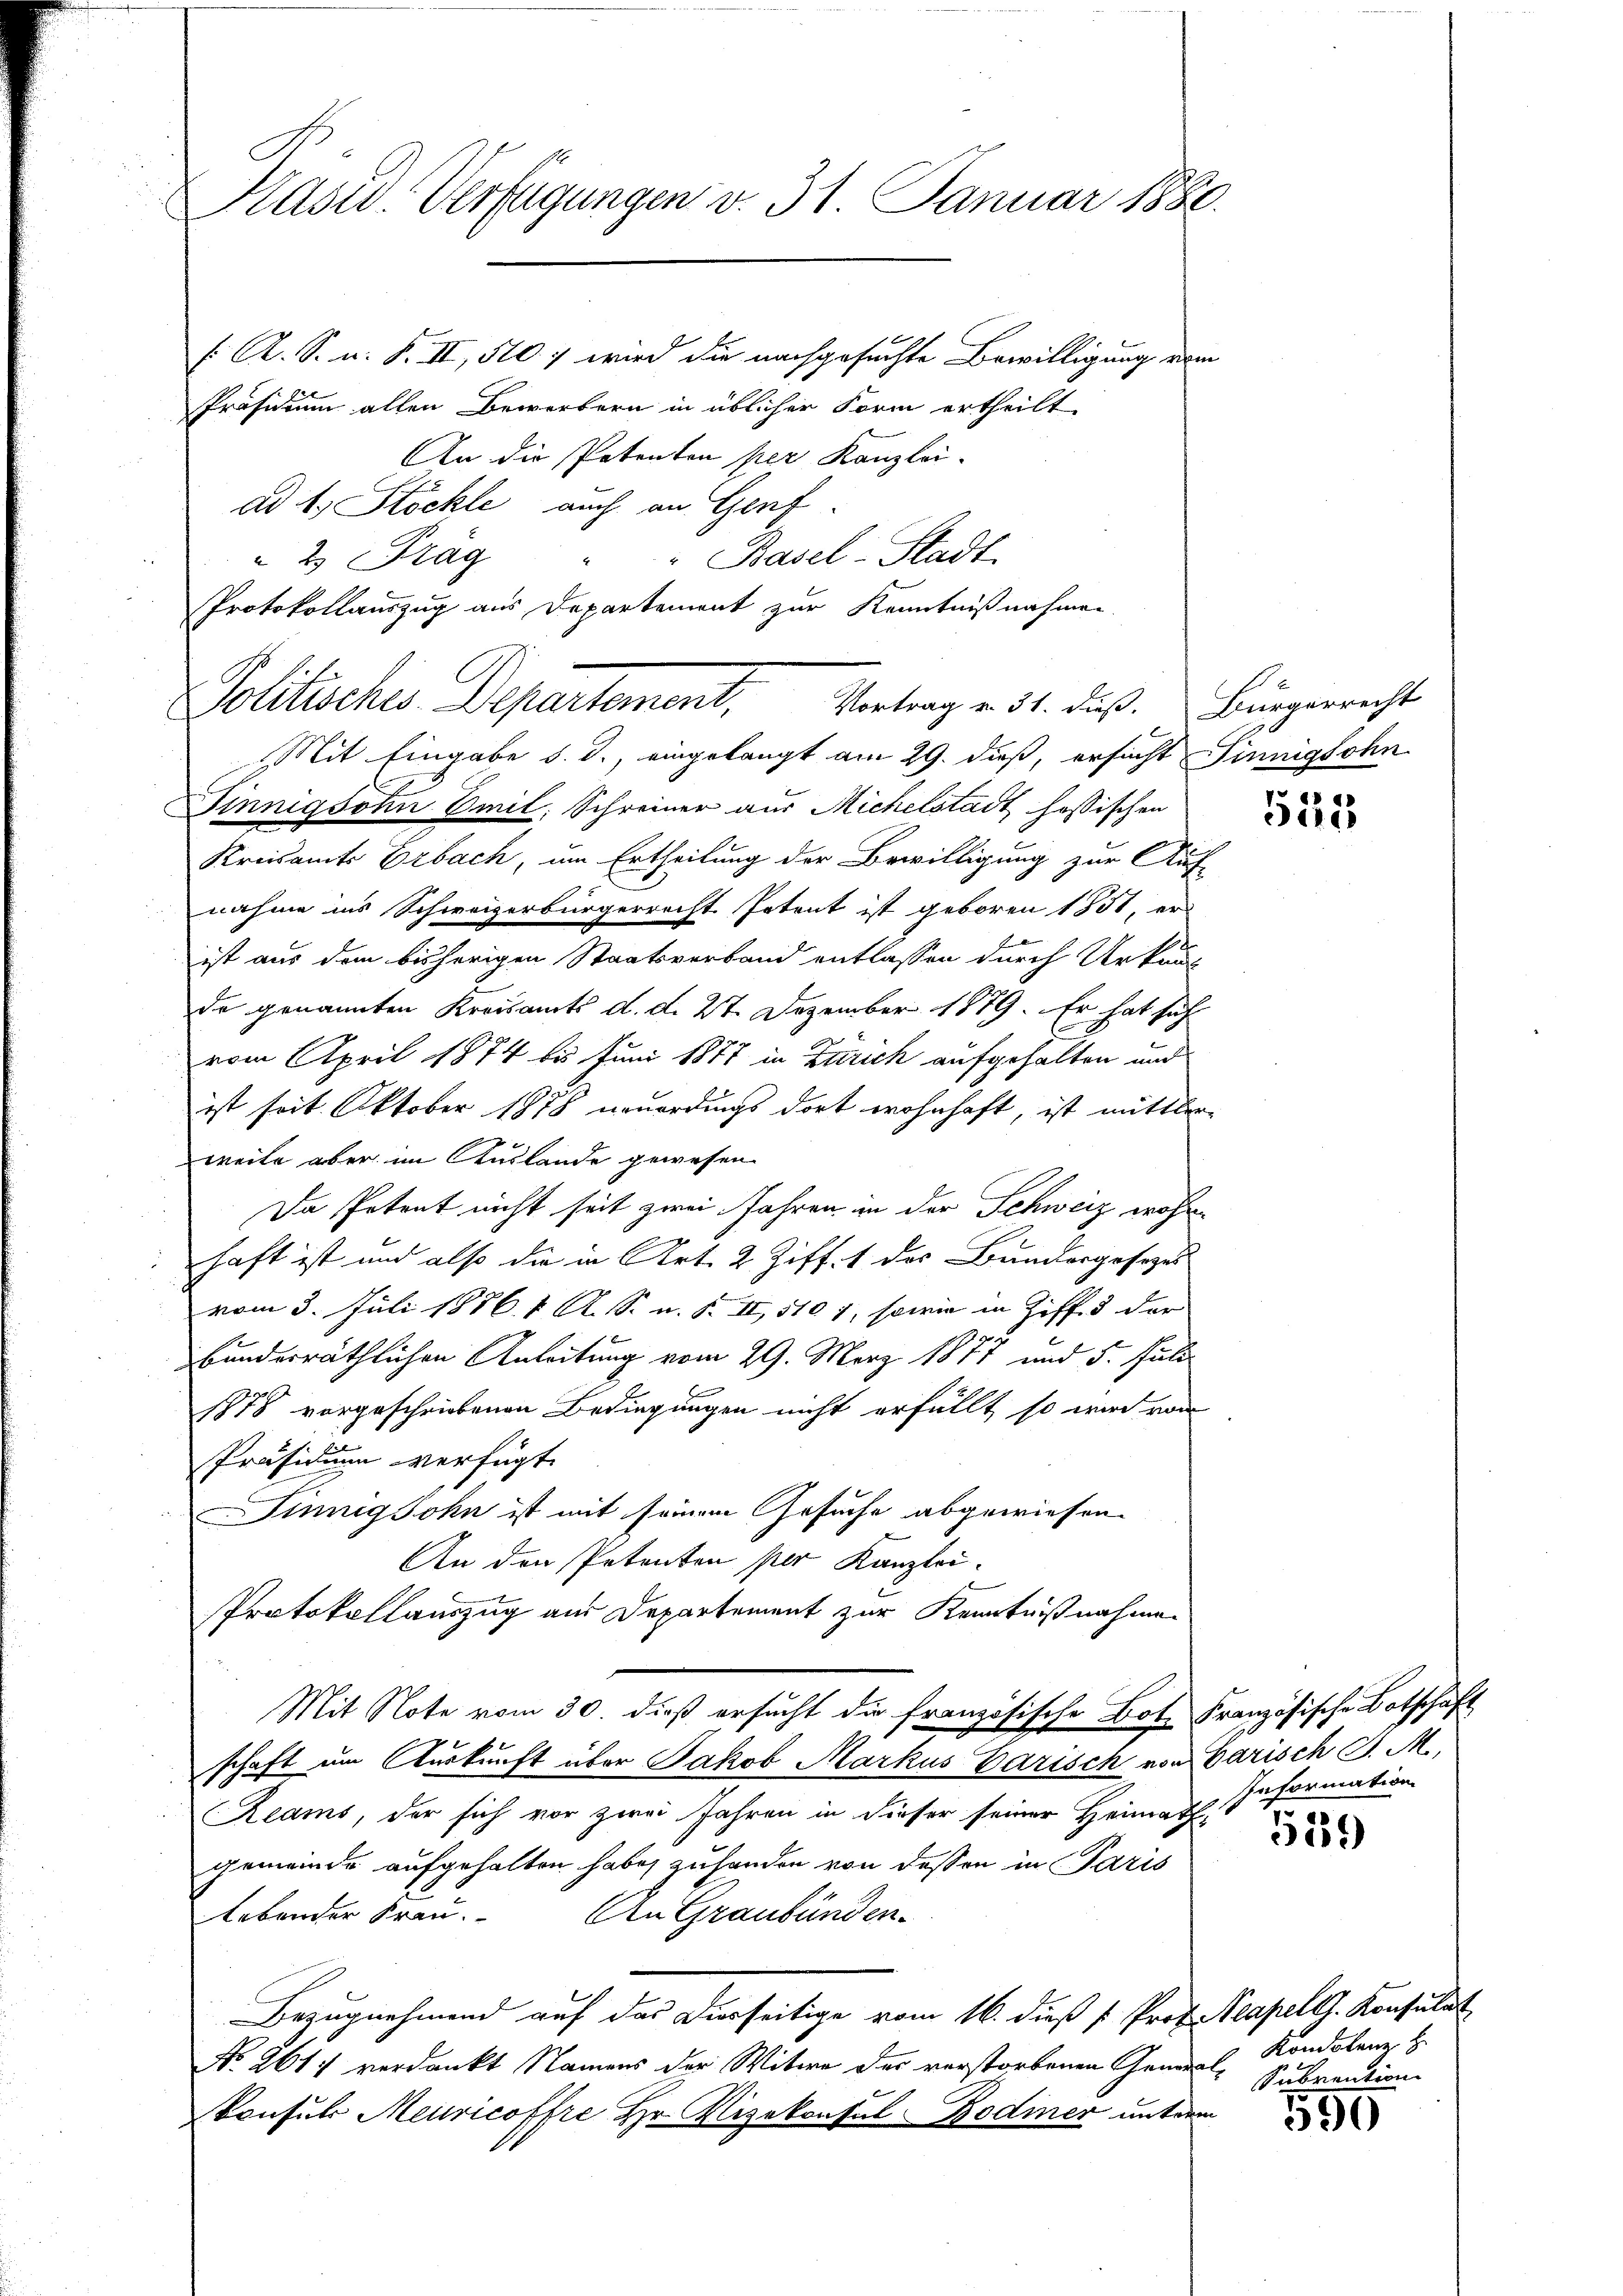
Präsid. Verfügungen v. 31. Januar 1880.

f A. S. n. F. II, 510: wird die nachgesuchte Bewilligung vom
Präsidium allen Bewerbern in üblicher Form ertheilt.
An die Petenten per Kanzlei-
ad 1. Stöckle, auch an Genf.
 2 Fräg " " Basel-Stadt
Mit Eingabe d. d., eingelangt am 29. dieß, ersucht innigsohn
Finnigsohn Emil Schreiner aus Michelstadt höfischen
Kreisamts Erbach, um Ertheilung der Bewilligung zur Auf-
nahme ins Schweizerbürgerrecht Petent ist geboren 1851, er
1
ist aus dem bisherigen Staatsverband entlassen durch Urkuns
de genannten Kreisamts d. d. 27. Dezember 1879. Er hat sich
.
vom April 1874 bis Juni 1877 in Zürich aufgehalten und
ist soit Oktober 1878 neuerdings dort wohnhaft, ist mittler
weite aber im Auslande gewesen.
Da Petent nicht seit zwei Jahren in der Schweiz wohn
haft ist und also die in Art. 2 Ziff. 1 des Bundergesezes
vom 3. Juli 1886. 1. A. S. u. S. II, 510 f, sowie in Ziff. 3 der
bunderräthlichen Anleitung vom 29. März 1877 und 5. Juli
1878 vorgeschriebenen Bedingungen nicht erfüllt, so wird von
Präsidium verfügt:
Finnig Sohn ist mit seinem Gesuche abgewiesen.
An den Petenten per Kanzlei.
Protokollauszug aus Departement zur Kenntnißnahmen
Mit Note vom 30. dieß ersucht die französische Bote Französische Botschaft
schaft um Auskunft über Jakob Markus Carisch von Parisch S. M.,
Reams, der sich vor zwei Jahren in dieser seiner Heimath-
gemeinde aufgehalten habe, zu handen von dessen in Paris
lebender Frau. An Graubünden.
Bezugnehmend auf das Duerseitige vom 16. dieß " Prof. Neapell. Konsulat
No. 2617 verdankt Namens der Witwe des verstorbenen Generalkonsuls Meuricoffre Hr. Vizekonsul Bodiner unterm

Protokollauszug aus Departement zur Kenntnißnahmen.
Politisches Departement, Vortrag e 31. dieß. Bürgerrecht

86
er

Information

519)

Kondolenz H
Subrention

590